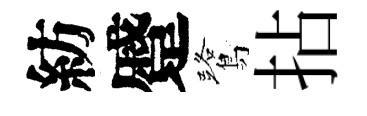
紡蹙鷺拈